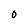
Character: o